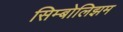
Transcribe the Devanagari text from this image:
सिम्बोलिझम